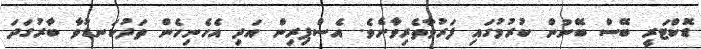
ޑޮކްޓަރީ ބޭސް ބޭނުން ކުރުމުގައި ފަރުވާތެރިވާށެވެ. އެސްޕިރިން އަދި އެހެނިހެން ތަދުކަނޑުވާ ބާރުގަދަ